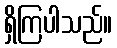
ရှိကြပါသည်။